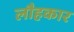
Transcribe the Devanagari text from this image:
लौहकार